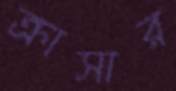
ক্রাসার